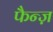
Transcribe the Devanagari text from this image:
फैन्ज़